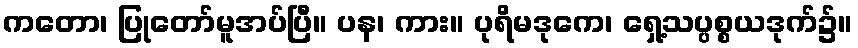
ကတော၊ ပြုတော်မူအပ်ပြီ။ ပန၊ ကား။ ပုရိမဒုကေ၊ ရှေ့သပ္ပစ္စယဒုက်၌။